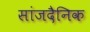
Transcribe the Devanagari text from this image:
सांजदैनिक